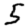
Digit: 5